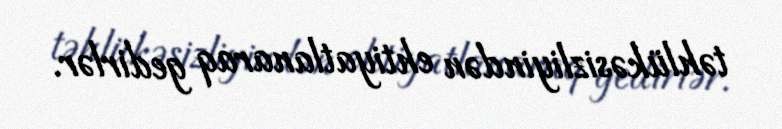
təhlükəsizliyindən ehtiyatlanaraq gedirlər.